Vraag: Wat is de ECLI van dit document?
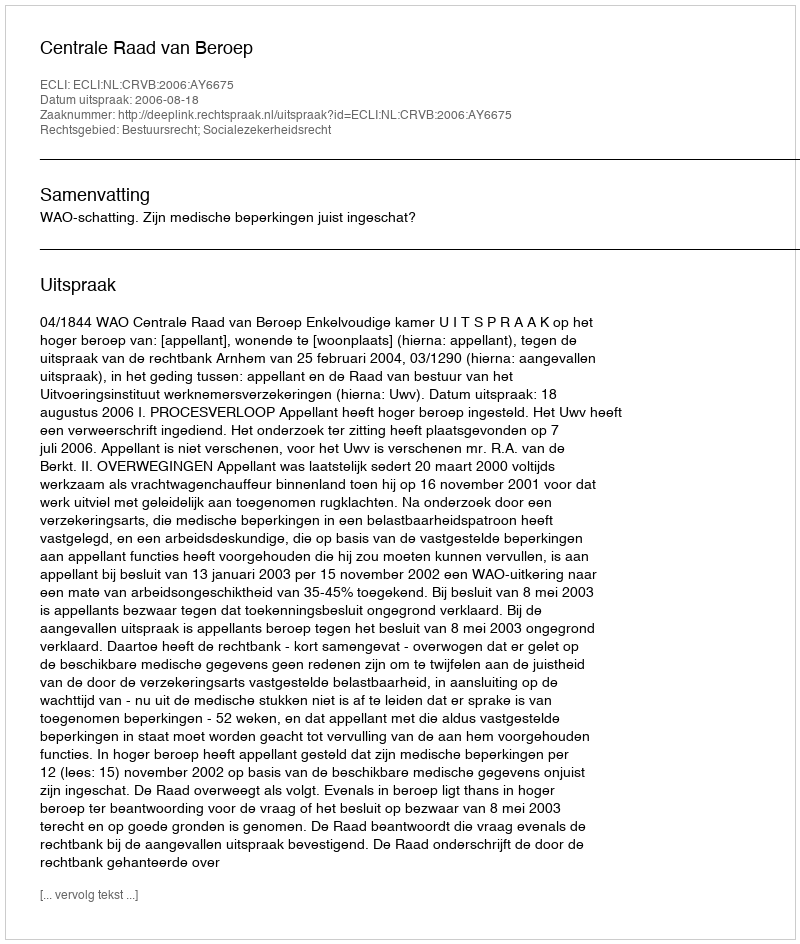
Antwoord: ECLI:NL:CRVB:2006:AY6675